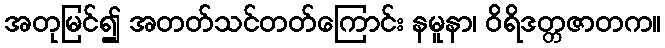
အတုမြင်၍ အတတ်သင်တတ်ကြောင်း နမူနာ၊ ဝိရိဒတ္တဇာတက။